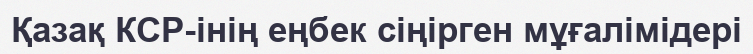
Қазақ КСР-інің еңбек сіңірген мұғалімідері